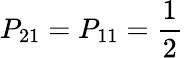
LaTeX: P_{21}=P_{11}=\frac{1}{2}